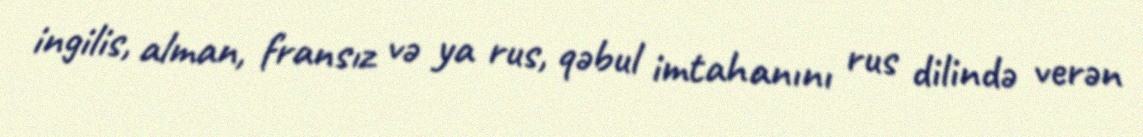
ingilis, alman, fransız və ya rus, qəbul imtahanını rus dilində verən